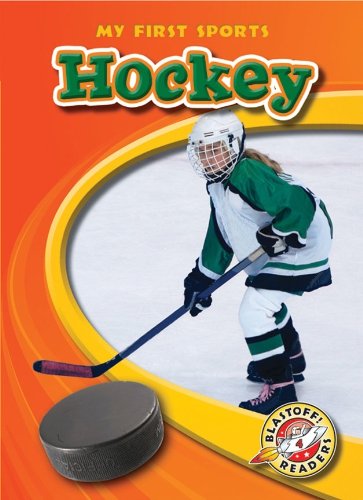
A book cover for Hockey (Blastoff! Readers: My First Sports) (Blastoff! Readers: My First Sports: Level 4); Ray McClellan; Children's Books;